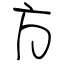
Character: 方